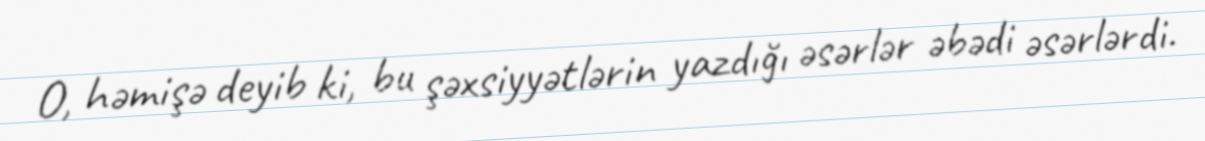
O, həmişə deyib ki, bu şəxsiyyətlərin yazdığı əsərlər əbədi əsərlərdi.